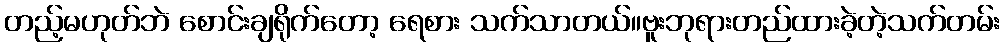
တည့်မဟုတ်ဘဲ စောင်းချရိုက်တော့ ရေစား သက်သာတယ်။ဗူးဘုရားတည်ထားခဲ့တဲ့သက်တမ်း